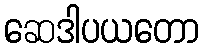
ဆေဒါပယတော